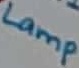
Text: Lamp